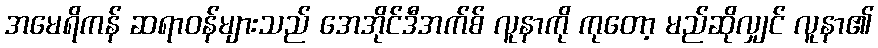
အမေရိကန် ဆရာဝန်များသည် အေအိုင်ဒီအက်စ် လူနာကို ကုတော့ မည်ဆိုလျှင် လူနာ၏